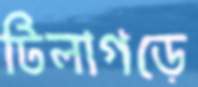
টিলাগড়ে